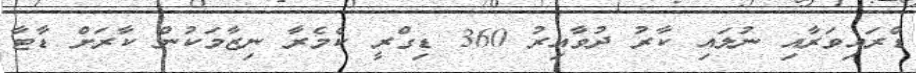
ޑްރައިވަރާއި ނުލައި ކާރު ދުވާއިރު 360 ޑިގްރީ ކެމެރާ ނިޒާމަކުން ކާރަށް ޑާޓާ